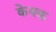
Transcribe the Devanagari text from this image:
केवक